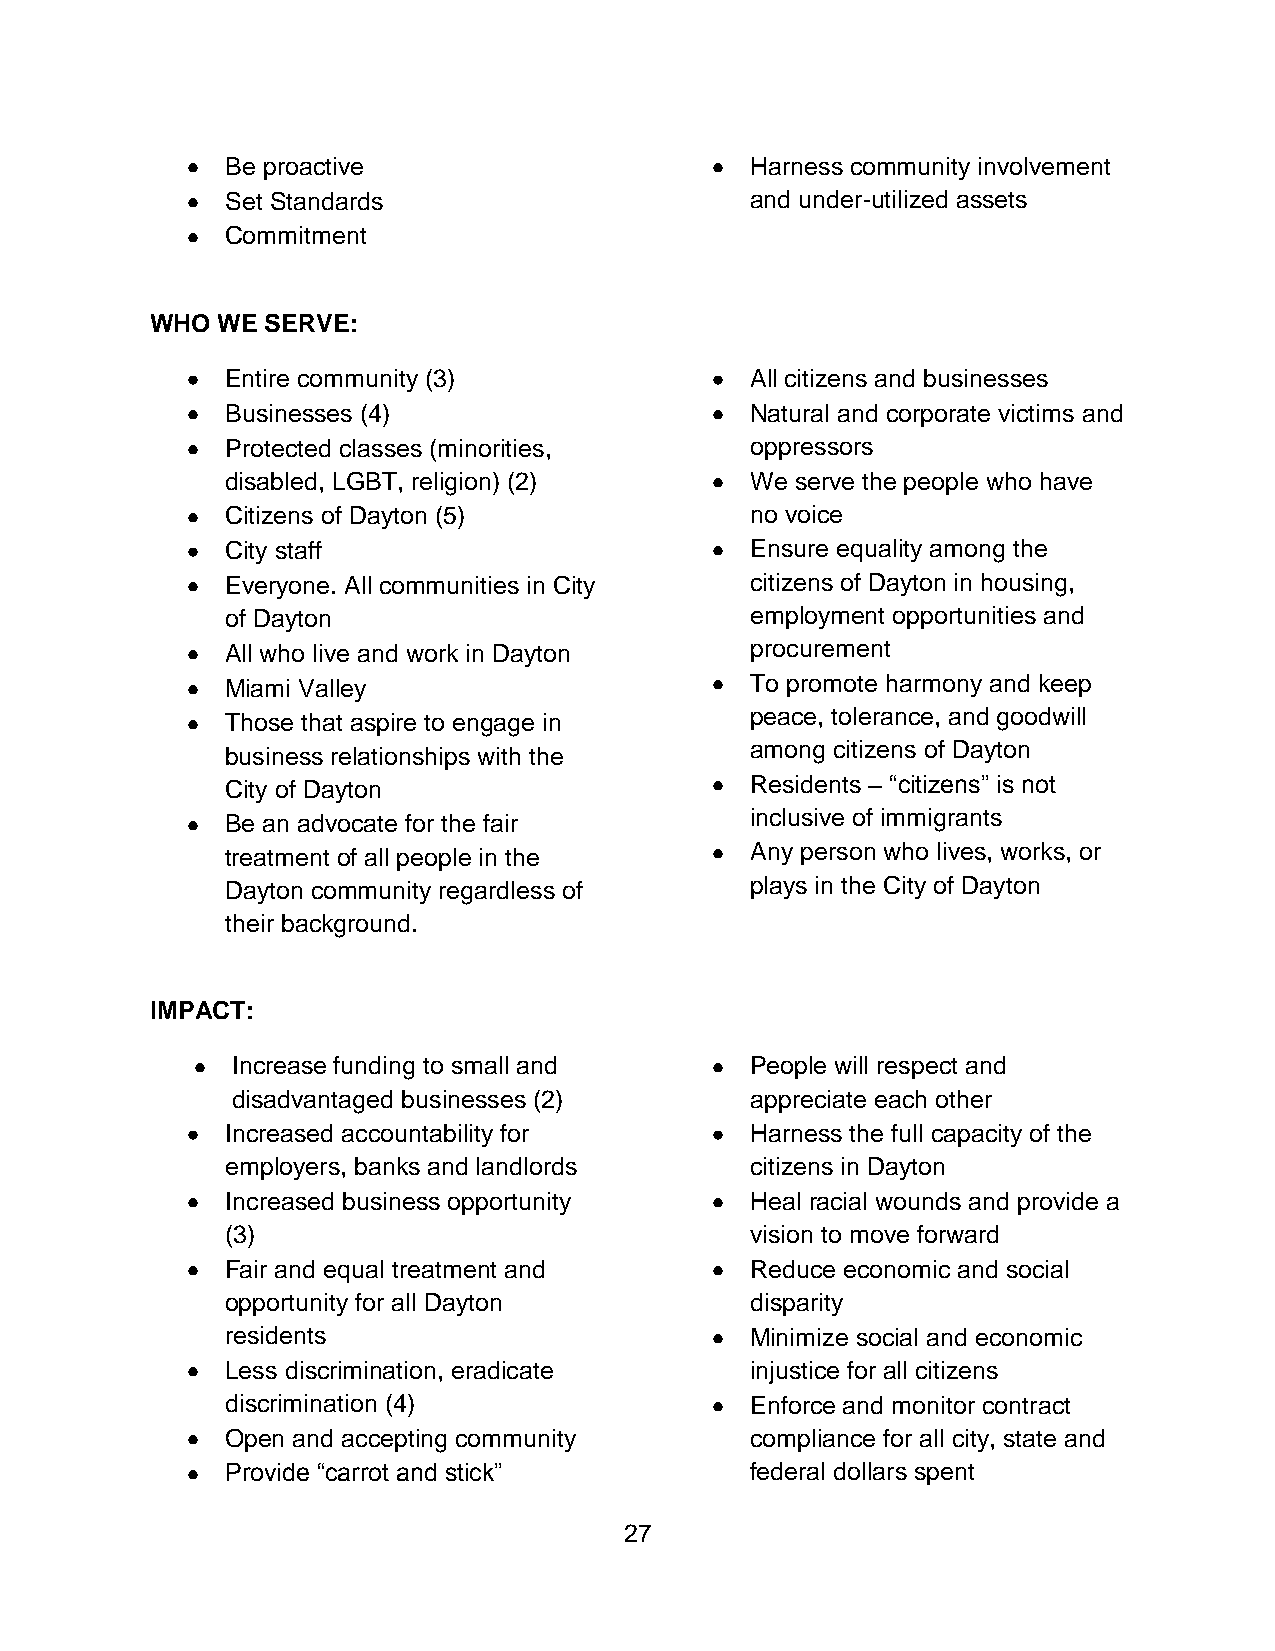
Be proactive                       Harness community involvement
 Set Standards                      and under-utilized assets
 Commitment
 WHO WE  SERVE:
 Entire community (3)               All citizens and businesses
 Businesses (4)                     Natural and corporate victims and
 Protected classes (minorities,     oppressors
 disabled, LGBT, religion) (2)      We serve the people who have
 Citizens of Dayton (5)             no voice
 City staff                         Ensure equality among the
 Everyone. All communities in City  citizens of Dayton in housing,
 of Dayton                          employment opportunities and
 All who live and work in Dayton    procurement
 Miami Valley                       To promote harmony and keep
 peace, tolerance, and goodwill
 Those that aspire to engage in
 among citizens of Dayton
 business relationships with the
 City of Dayton                     Residents – “citizens” is not
 inclusive of immigrants
 Be an advocate for the fair
 treatment of all people in the     Any person who lives, works, or
 Dayton community regardless of     plays in the City of Dayton
 their background.
 IMPACT:
 Increase funding to small and      People will respect and
 disadvantaged businesses (2)       appreciate each other
 Increased accountability for       Harness the full capacity of the
 employers, banks and landlords     citizens in Dayton
 Increased business opportunity     Heal racial wounds and provide a
 (3)                                vision to move forward
 Fair and equal treatment and       Reduce economic and social
 opportunity for all Dayton         disparity
 residents                          Minimize social and economic
 Less discrimination, eradicate     injustice for all citizens
 discrimination (4)                 Enforce and monitor contract
 Open and accepting community       compliance for all city, state and
 Provide “carrot and stick”         federal dollars spent
 27